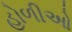
હોળીઓ